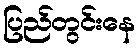
ပြည်တွင်းနေ